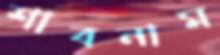
শাবনাম